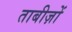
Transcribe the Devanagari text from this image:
ताबीज़ों